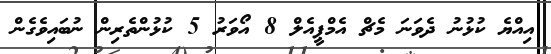
އިއްޔެ ކުޅުނު ދެވަނަ މެޗް އެމްޕީއެލް 8 އޯވަރު 5 ކުޅުންތެރިން ނުބައިވެގެން